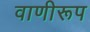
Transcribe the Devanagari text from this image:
वाणीरूप